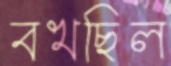
বখছিল